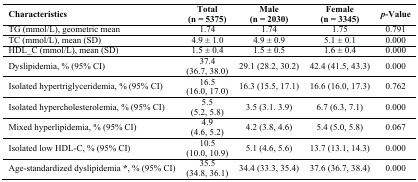
| Characteristics | Total (n = 5375) | Male (n = 2030) | Female (n = 3345) | p-Value |
 | --- | --- | --- | --- | --- |
 | TG (mmol/L), geometric mean | 1.74 | 1.74 | 1.75 | 0.791 |
 | TC (mmol/L), mean (SD) | 4.9 ± 1.0 | 4.9 ± 0.9 | 5.1 ± 0.1 | 0.000 |
 | HDL_C (mmol/L), mean (SD) | 1.5 ± 0.4 | 1.5 ± 0.5 | 1.6 ± 0.4 | 0.000 |
 | Dyslipidemia, % (95% CI) | 37.4 (36.7, 38.0) | 29.1 (28.2, 30.2) | 42.4 (41.5, 43.3) | 0.000 |
 | Isolated hypertriglyceridemia, % (95% CI) | 16.5 (16.0, 17.0) | 16.3 (15.5, 17.1) | 16.6 (16.0, 17.3) | 0.762 |
 | Isolated hypercholesterolemia, % (95% CI) | 5.5 (5.2, 5.8) | 3.5 (3.1. 3.9) | 6.7 (6.3, 7.1) | 0.000 |
 | Mixed hyperlipidemia, % (95% CI) | 4.9 (4.6, 5.2) | 4.2 (3.8, 4.6) | 5.4 (5.0, 5.8) | 0.067 |
 | Isolated low HDL-C, % (95% CI) | 10.5 (10.0, 10.9) | 5.1 (4.6, 5.6) | 13.7 (13.1, 14.3) | 0.000 |
 | Age-standardized dyslipidemia*, % (95% CI) | 35.5 (34.8, 36.1) | 34.4 (33.3, 35.4) | 37.6 (36.7, 38.4) | 0.000 |